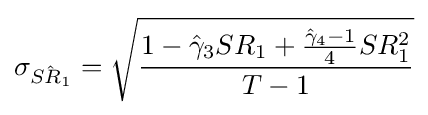
\sigma _{\hat {SR_{1}}}={\sqrt {\frac {1-{\hat {\gamma }}_{3}SR_{1}+{\frac {{\hat {\gamma }}_{4}-1}{4}}SR_{1}^{2}}{T-1}}}